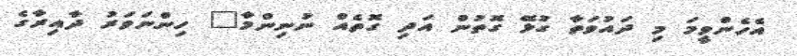
އެހެންވީމަ މި ދައުވަތާ ގުޅޭ ގޮތުން އަދި ގޮތެއް ނުނިންމާ" ހިންނަވަރު ދާއިރާގެ